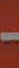
-